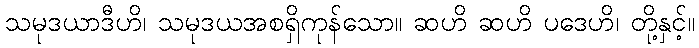
သမုဒယာဒီဟိ၊ သမုဒယအစရှိကုန်သော။ ဆဟိ ဆဟိ ပဒေဟိ၊ တို့နှင့်။